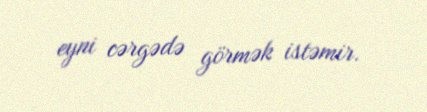
eyni cərgədə görmək istəmir.